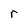
Character: r